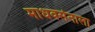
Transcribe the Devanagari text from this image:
माधवसेनाला